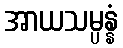
အာယသမ္ပန္နံ